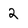
Character: 2